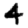
Digit: 4